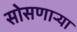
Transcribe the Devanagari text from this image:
सोसणार्‍या